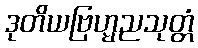
ဒုတိယဗြဟ္မညသုတ္တံ